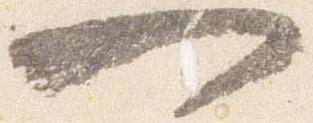
一